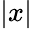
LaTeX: \left|x\right|